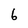
Character: 6